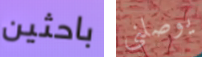
باحثين يوصلني